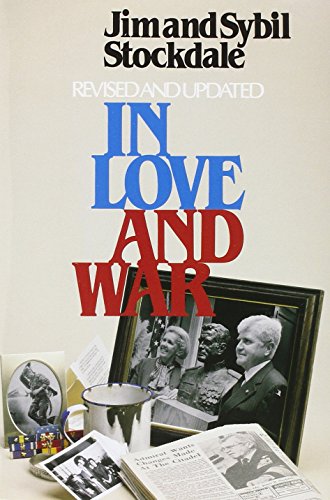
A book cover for In Love and War: The Story of a Family's Ordeal and Sacrifice During the Vietnam Years; Jim Stockdale; History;